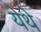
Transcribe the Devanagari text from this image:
येेथे